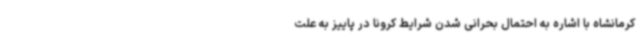
کرمانشاه با اشاره به احتمال بحرانی شدن شرایط کرونا در پاییز به علت